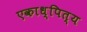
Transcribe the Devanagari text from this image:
एकाध्पित्य